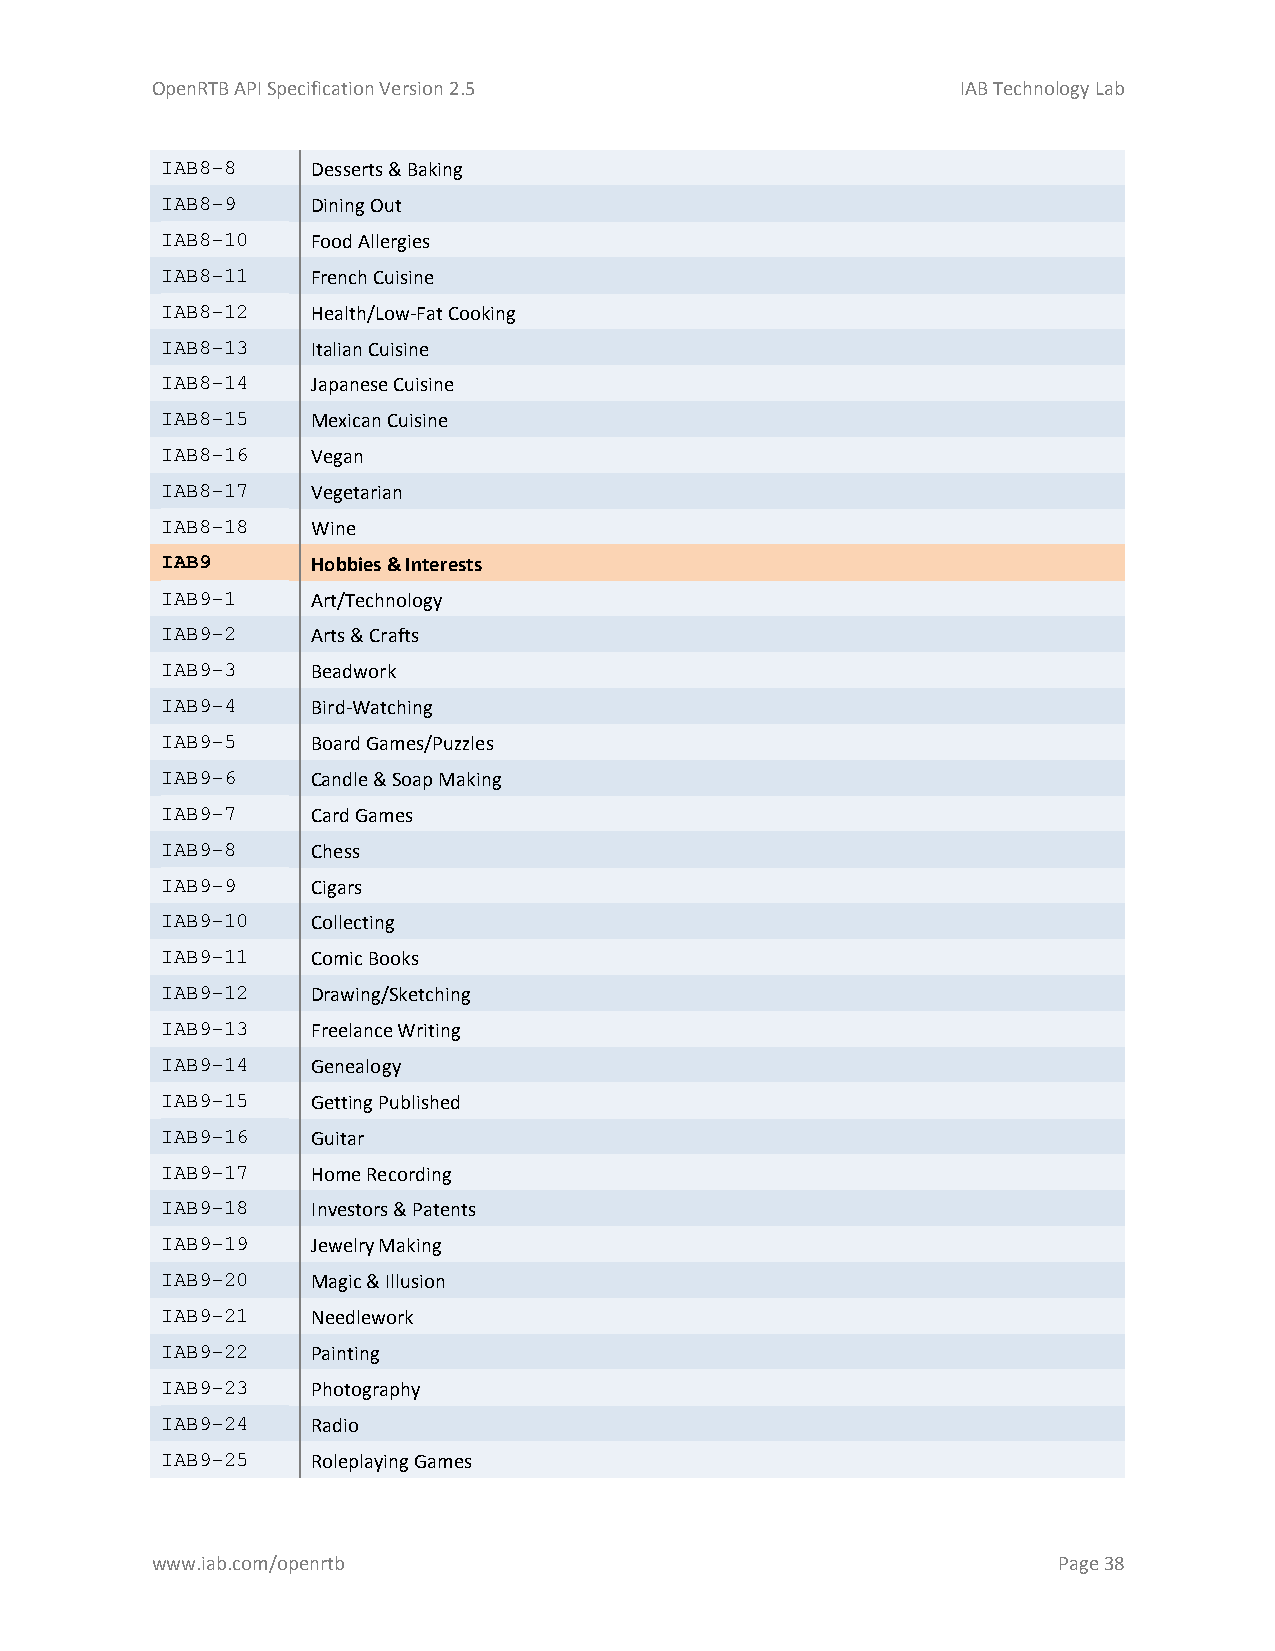
OpenRTB API Specification Version 2.5                 IAB Technology Lab
 IAB8-8    Desserts & Baking
 IAB8-9    Dining Out
 IAB8-10   Food Allergies
 IAB8-11   French Cuisine
 IAB8-12   Health/Low-Fat Cooking
 IAB8-13   Italian Cuisine
 IAB8-14   Japanese Cuisine
 IAB8-15   Mexican Cuisine
 IAB8-16   Vegan
 IAB8-17   Vegetarian
 IAB8-18   Wine
 IAB9      Hobbies & Interests
 IAB9-1    Art/Technology
 IAB9-2    Arts & Crafts
 IAB9-3    Beadwork
 IAB9-4    Bird-Watching
 IAB9-5    Board Games/Puzzles
 IAB9-6    Candle & Soap Making
 IAB9-7    Card Games
 IAB9-8    Chess
 IAB9-9    Cigars
 IAB9-10   Collecting
 IAB9-11   Comic Books
 IAB9-12   Drawing/Sketching
 IAB9-13   Freelance Writing
 IAB9-14   Genealogy
 IAB9-15   Getting Published
 IAB9-16   Guitar
 IAB9-17   Home Recording
 IAB9-18   Investors & Patents
 IAB9-19   Jewelry Making
 IAB9-20   Magic & Illusion
 IAB9-21   Needlework
 IAB9-22   Painting
 IAB9-23   Photography
 IAB9-24   Radio
 IAB9-25   Roleplaying Games
 www.iab.com/openrtb                                         Page 38